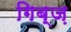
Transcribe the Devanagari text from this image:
गिब्ज़